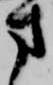
方